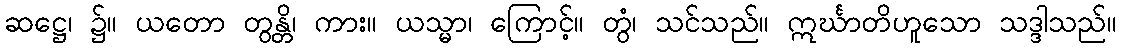
ဆဋ္ဌေ၊ ၌။ ယတော တွန္တိ၊ ကား။ ယသ္မာ၊ ကြောင့်။ တွံ၊ သင်သည်။ ဣင်္ဃာတိဟူသော သဒ္ဒါသည်။